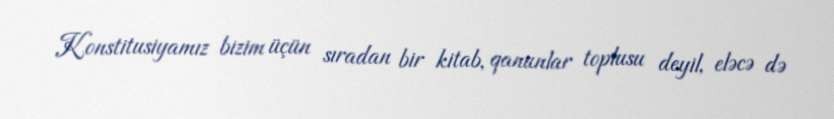
Konstitusiyamız bizim üçün sıradan bir kitab, qanunlar toplusu deyil, eləcə də